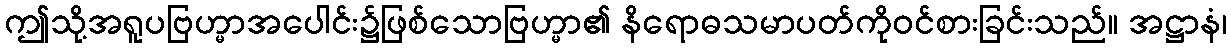
ဤသို့အရူပဗြဟ္မာအပေါင်း၌ဖြစ်သောဗြဟ္မာ၏ နိရောဓသမာပတ်ကိုဝင်စားခြင်းသည်။ အဋ္ဌာနံ၊